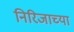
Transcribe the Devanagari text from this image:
निरिजाच्या